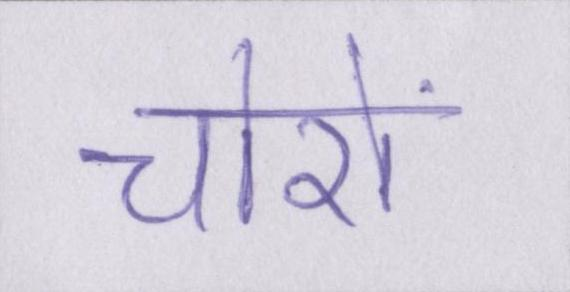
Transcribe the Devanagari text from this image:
चोरों